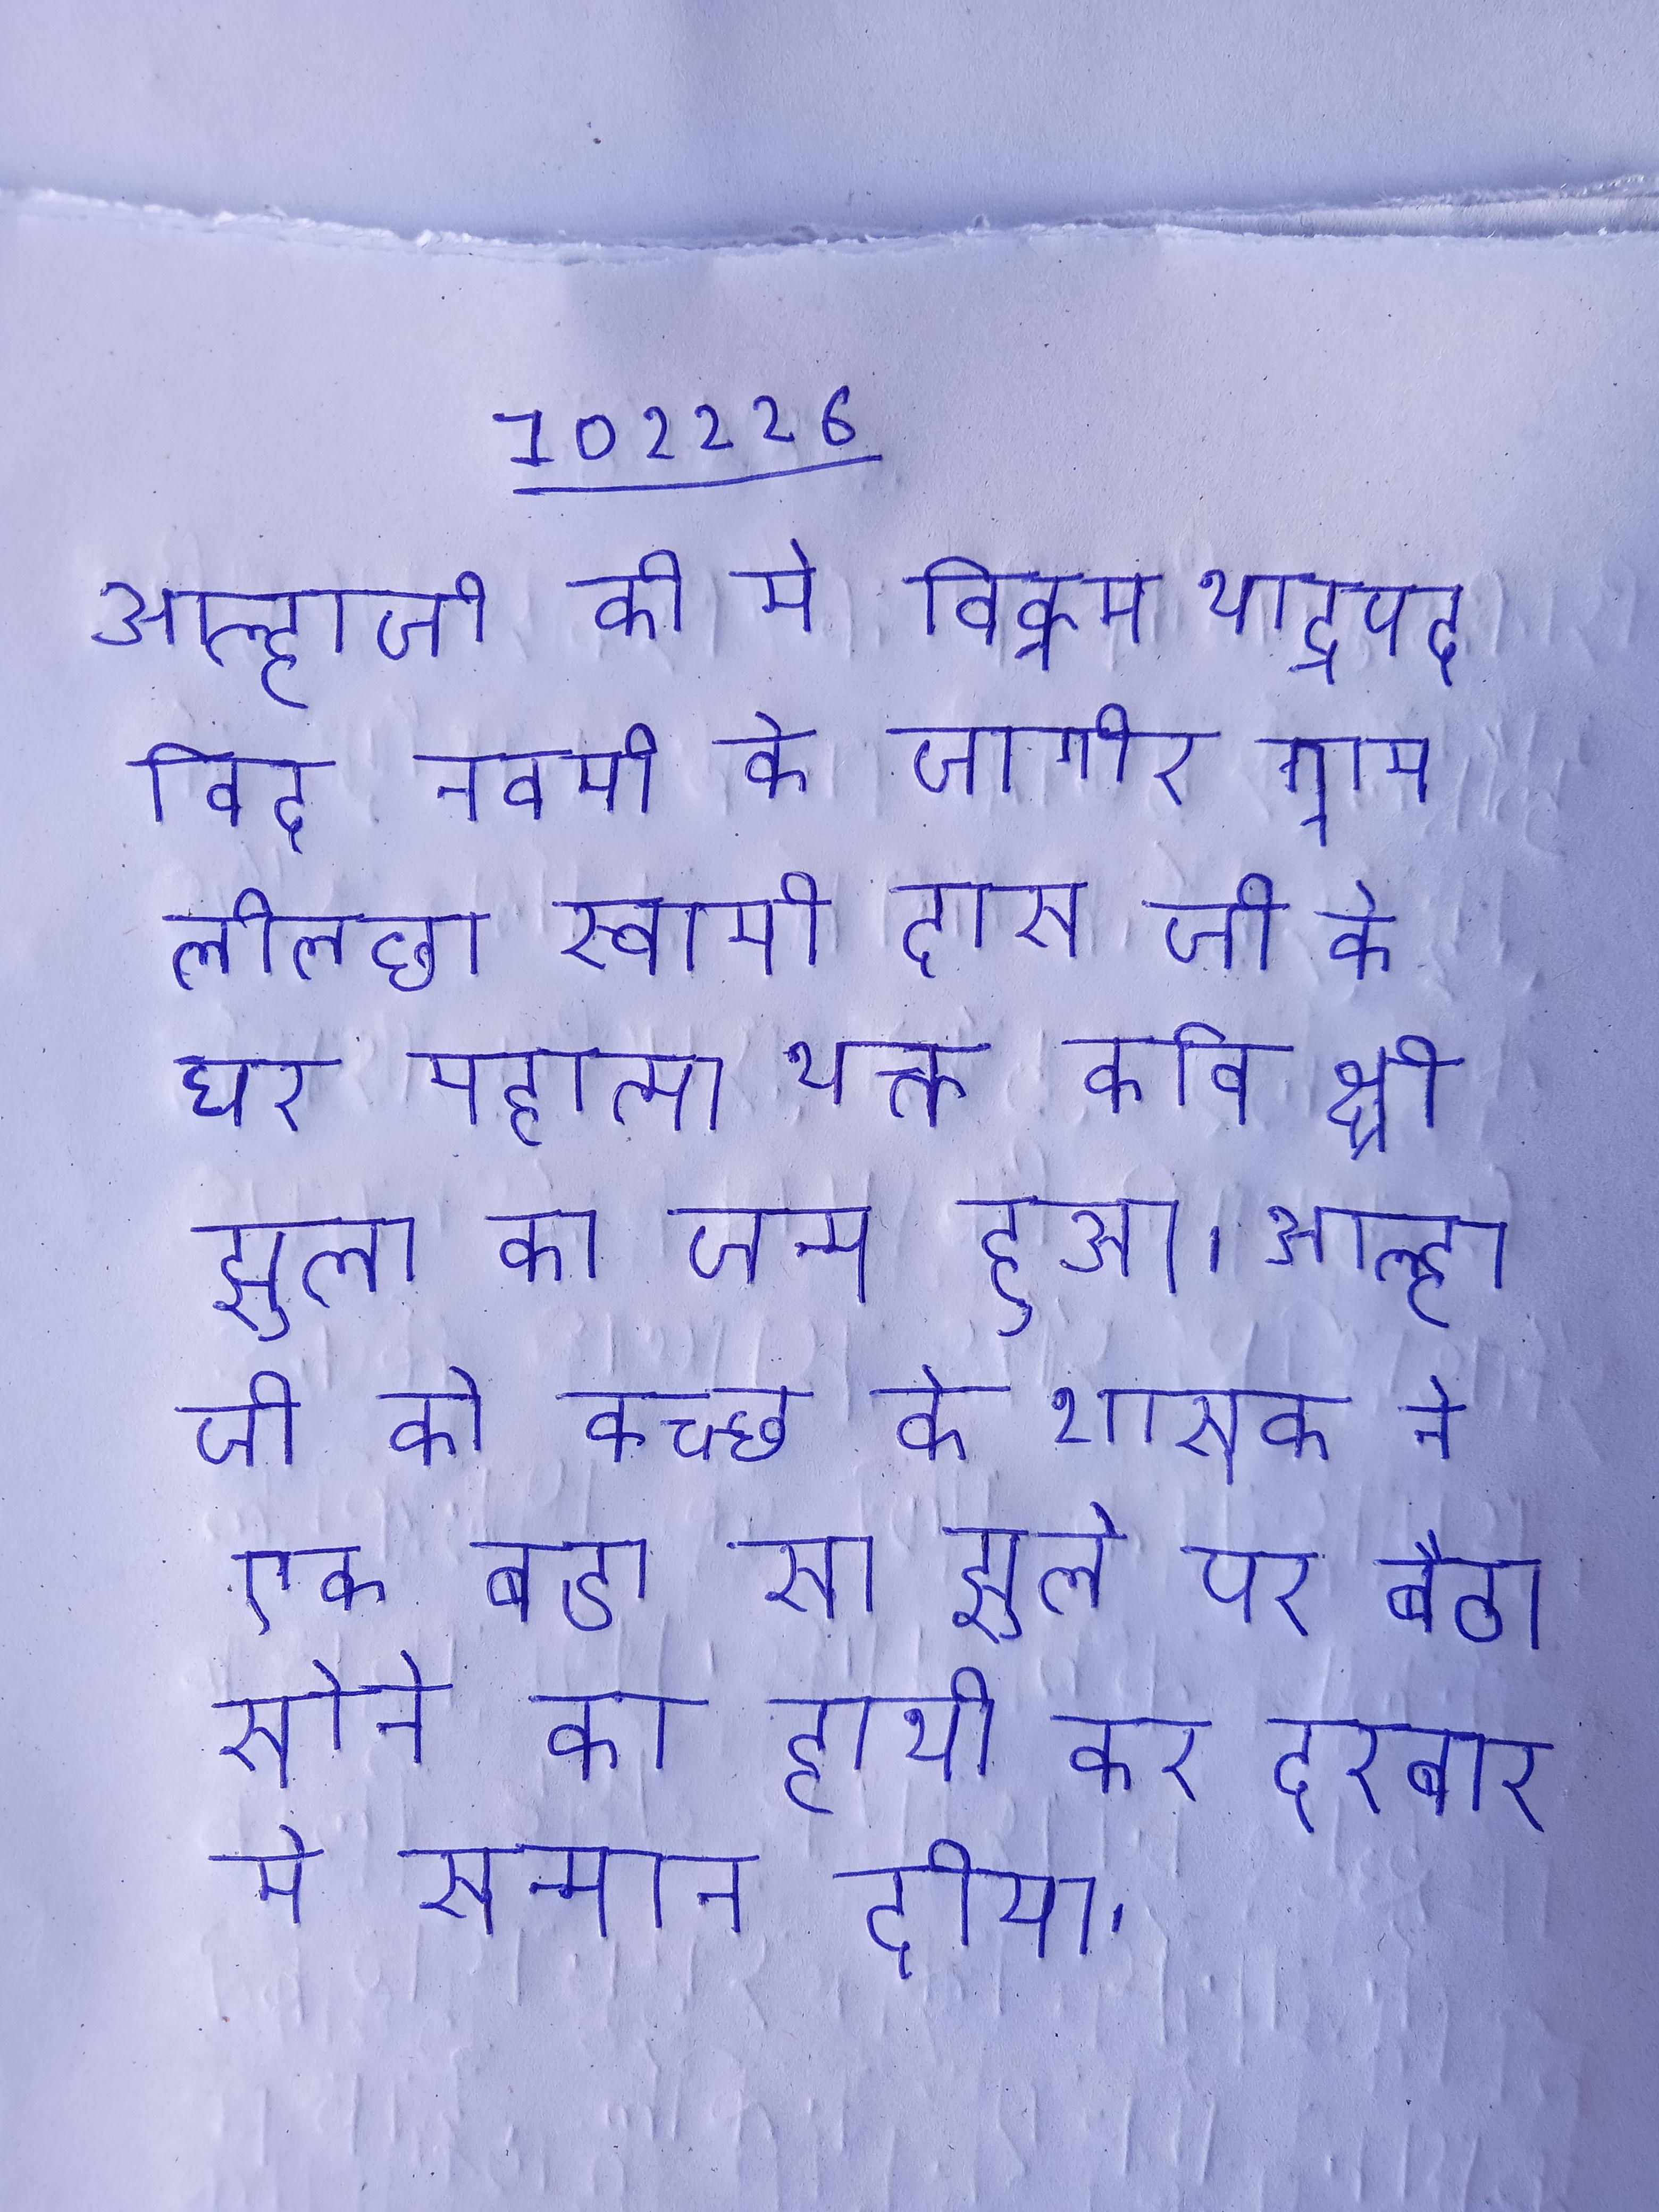
आल्हाजी की मे विक्रम भाद्रपद विद नवमी को जागीर ग्राम लीलछा स्वामी दास जी के घर महात्मा भक्त कवि श्री झुला का जन्म हुआ । आल्हा जी को कच्छ के शासक ने एक बडा सा झुले पर बैठा सोने का हाथी कर दरबार मे सन्मान दीया ।